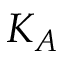
K _ { A }